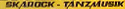
SKAROCK - TANZAAUSIK